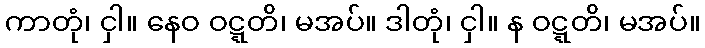
ကာတုံ၊ ငှါ။ နေဝ ဝဋ္ဋတိ၊ မအပ်။ ဒါတုံ၊ ငှါ။ န ဝဋ္ဋတိ၊ မအပ်။